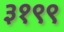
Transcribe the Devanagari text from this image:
३१९९